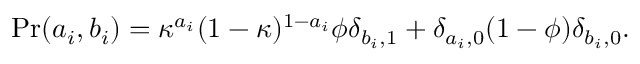
\mathrm { P r } ( a _ { i } , b _ { i } ) = \kappa ^ { a _ { i } } ( 1 - \kappa ) ^ { 1 - a _ { i } } \phi \delta _ { b _ { i } , 1 } + \delta _ { a _ { i } , 0 } ( 1 - \phi ) \delta _ { b _ { i } , 0 } .